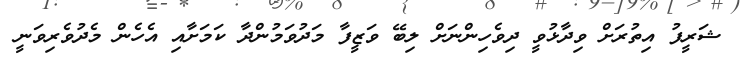
ޝަރީފު އިތުރަށް ވިދާޅުވީ ދިވެހިންނަށް ލިބޭ ވަޒީފާ މަދުވަމުންދާ ކަމަށާއި އެހެން މެދުވެރިވަނީ